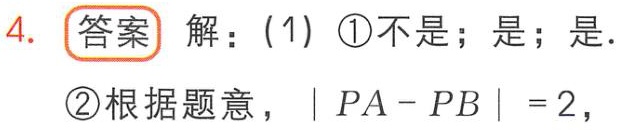
4. 答案 解：(1) \textcircled{1}不是；是；是.
\textcircled{2}根据题意，\(\vert PA - PB\vert = 2\)，